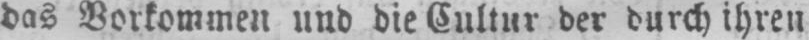
das Vorkommen und die Cultur der durch ihren